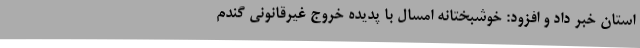
استان خبر داد و افزود: خوشبختانه امسال با پدیده خروج غیرقانونی گندم